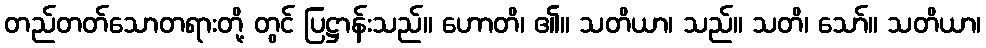
တည်တတ်သောတရားတို့ တွင် ပြဋ္ဌာန်းသည်။ ဟောတိ၊ ၏။ သတိယာ၊ သည်။ သတိ၊ သော်။ သတိယာ၊